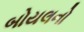
બોયલનો